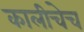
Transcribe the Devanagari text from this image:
कालीचेच